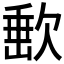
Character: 𣣮